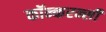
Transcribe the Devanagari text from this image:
कॉन्करन्सी